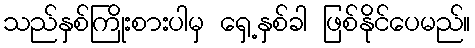
သည်နှစ်ကြိုးစားပါမှ ရှေ့နှစ်ခါ ဖြစ်နိုင်ပေမည်။